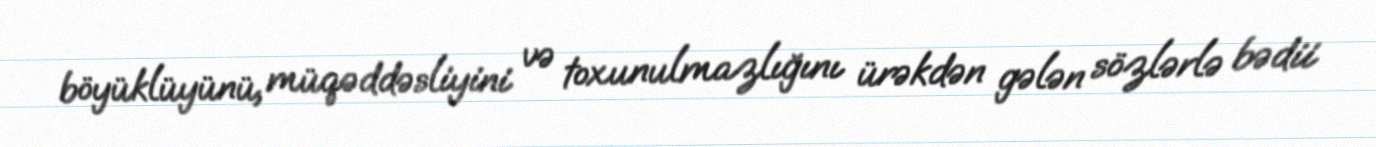
böyüklüyünü, müqəddəsliyini və toxunulmazlığını ürəkdən gələn sözlərlə bədii